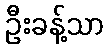
ဦးခန့်သာ